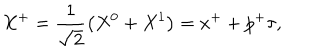
X ^ { + } = \frac { 1 } { \sqrt { 2 } } \left( X ^ { 0 } + X ^ { 1 } \right) = x ^ { + } + p ^ { + } \tau ,